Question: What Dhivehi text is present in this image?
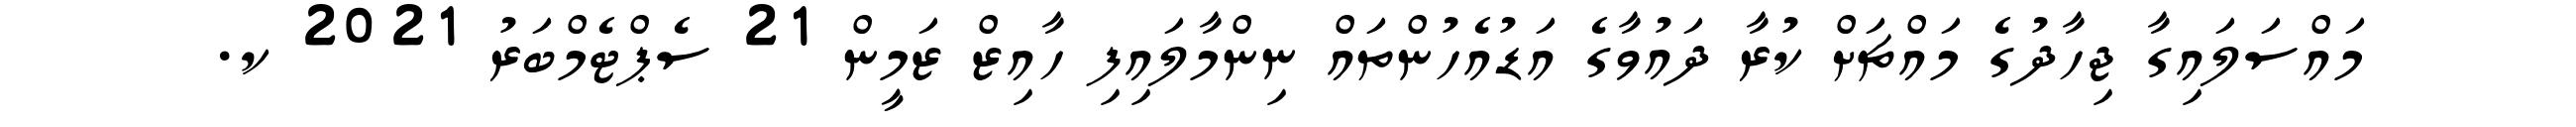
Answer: މައްސަލައިގާ ޖިހާދުގެ މައްޗަށް ކުރާ ދައުވާގެ އަޑުއެހުންތައް ނިންމާލައިފި ހާއިޒް ޒަމީން 21 ސެޕްޓެމްބަރު 2021 ކ.